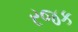
રજક